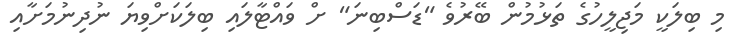
މި ބިލަކީ މަޖިލީހުގެ ތަޅުމުން ބޭރުވެ "ޑަސްބިނަ" ށް ވައްޓާލައި ބިލަކަށްވިޔަ ނުދިނުމަށާއި